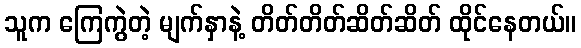
သူက ကြေကွဲတဲ့ မျက်နှာနဲ့ တိတ်တိတ်ဆိတ်ဆိတ် ထိုင်နေတယ်။